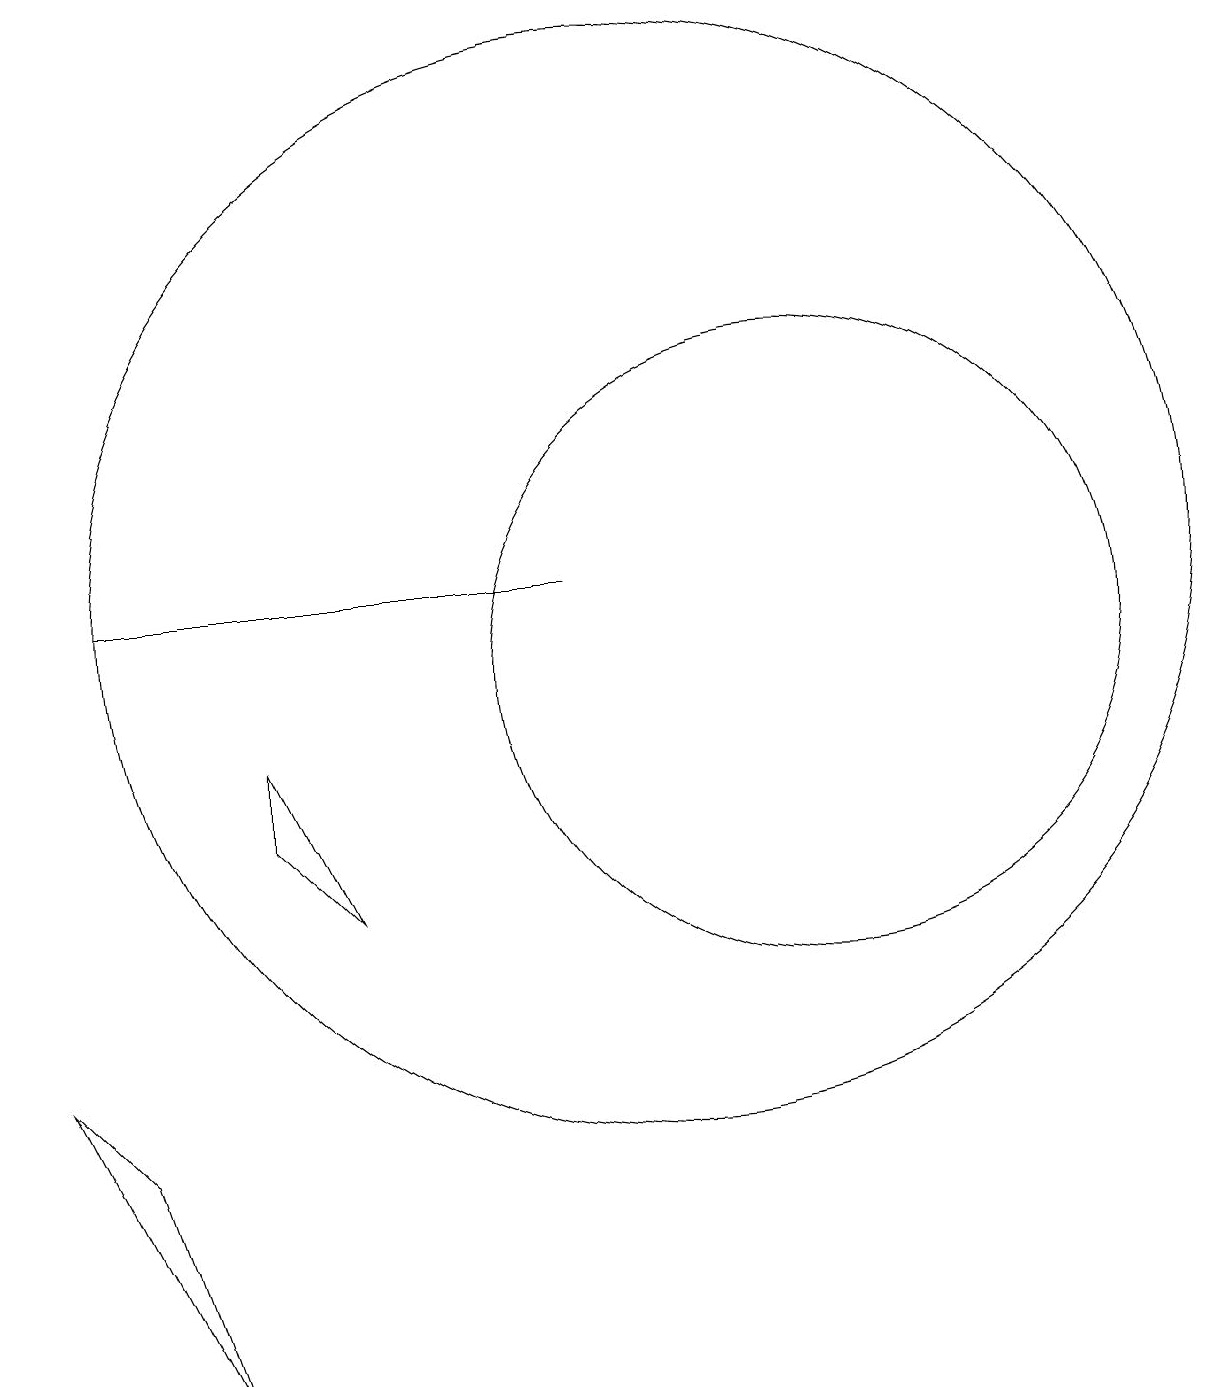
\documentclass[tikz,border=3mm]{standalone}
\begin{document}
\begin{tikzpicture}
\draw (2,5) -- (4,1) -- (3,4) -- cycle;
\draw (9,11) rectangle (3,11);
\draw (10,11) circle (7);
\draw (12,10) circle (4);
\draw (5,8) -- (5,9) -- (6,7) -- cycle;
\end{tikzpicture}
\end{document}